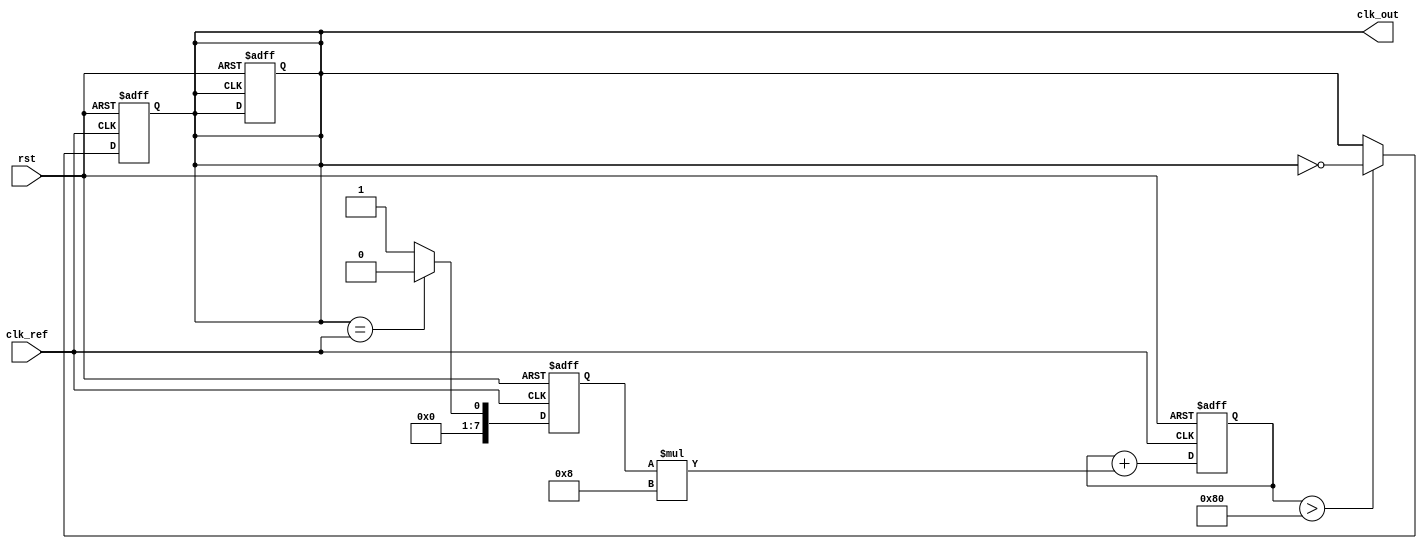
module frac_n_pll (
    input wire clk_ref,         // Reference clock input
    input wire rst,             // Reset signal
    output reg clk_out          // Output clock
);

// Parameters
parameter N = 4;              // Integer division ratio
parameter FRAC = 3;           // Fractional part (e.g., 1.75 means 3 for the fractional part)
parameter LOOP_FILTER_GAIN = 8; // Gain for loop filter (for example)
parameter DIVIDER_WIDTH = 4;  // Width for divider counter

// Internal signals
reg [DIVIDER_WIDTH-1:0] divider_counter;
reg [7:0] vco_control_voltage;
reg [7:0] phase_error;
reg locked;

// Phase Detector (PD)
always @(posedge clk_ref or posedge rst) begin
    if (rst) begin
        phase_error <= 0;
    end else begin
        // Example simple phase comparison (this would be more complex in real scenarios)
        phase_error <= (clk_out == clk_ref) ? 0 : 1; // Simplified phase error logic
    end
end

// Loop Filter (simple 1st order low-pass filter)
always @(posedge clk_ref or posedge rst) begin
    if (rst) begin
        vco_control_voltage <= 0;
    end else begin
        // Integrate phase error to generate control voltage
        vco_control_voltage <= vco_control_voltage + phase_error * LOOP_FILTER_GAIN;
    end
end

// Voltage-Controlled Oscillator (VCO)
always @(posedge clk_ref or posedge rst) begin
    if (rst) begin
        clk_out <= 0;
    end else begin
        // VCO output frequency tuned by control voltage
        // A real VCO would be more complex; we're abstracting the frequency tuning
        if (vco_control_voltage > 128) begin
            clk_out <= ~clk_out; // Toggle output for simplified VCO behavior
        end
    end
end

// Frequency Divider
always @(posedge clk_out or posedge rst) begin
    if (rst) begin
        divider_counter <= 0;
        clk_out <= 0; // Reset clk_out
    end else begin
        divider_counter <= divider_counter + 1;
        if (divider_counter >= (N + FRAC)) begin
            divider_counter <= 0; // Reset counter after division period
            // This would typically toggle or generate the divided clock signal
        end
    end
end

endmodule